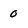
Character: 0